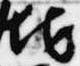
地